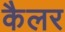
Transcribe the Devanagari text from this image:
कैलर